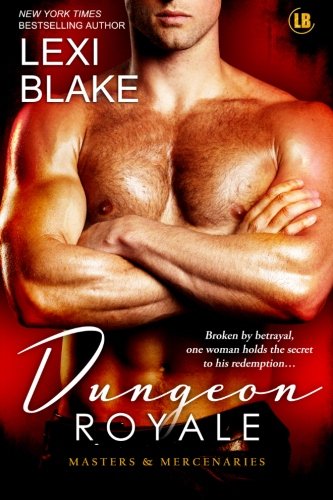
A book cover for Dungeon Royale  (Masters and Mercenaries); Lexi Blake; Romance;